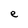
Character: e